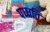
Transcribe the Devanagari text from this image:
पध्धति